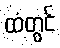
ထံတွင်